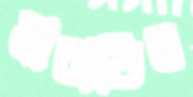
ধারাভির